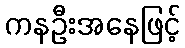
ကနဦးအနေဖြင့်